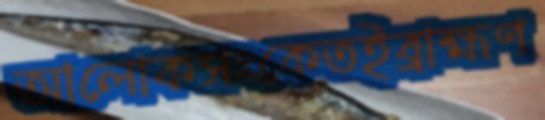
আলোকসংকেতইব্রাহ্মণ